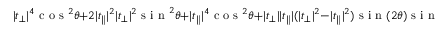
\lvert t _ { \perp } \rvert ^ { 4 } \textrm { c o s } ^ { 2 } \theta + 2 \lvert t _ { \parallel } \rvert ^ { 2 } \lvert t _ { \perp } \rvert ^ { 2 } \textrm { s i n } ^ { 2 } \theta + \lvert t _ { \parallel } \rvert ^ { 4 } \textrm { c o s } ^ { 2 } \theta + \lvert t _ { \perp } \rvert \lvert t _ { \parallel } \rvert ( \lvert t _ { \perp } \rvert ^ { 2 } - \lvert t _ { \parallel } \rvert ^ { 2 } ) \textrm { s i n } ( 2 \theta ) \textrm { s i n } \phi ,